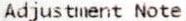
ADJUSTMENT NOTE